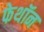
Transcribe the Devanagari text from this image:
फेथॉन